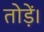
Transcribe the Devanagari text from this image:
तोड़ें।